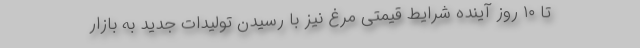
تا ۱۰ روز آینده شرایط قیمتی مرغ نیز با رسیدن تولیدات جدید به بازار